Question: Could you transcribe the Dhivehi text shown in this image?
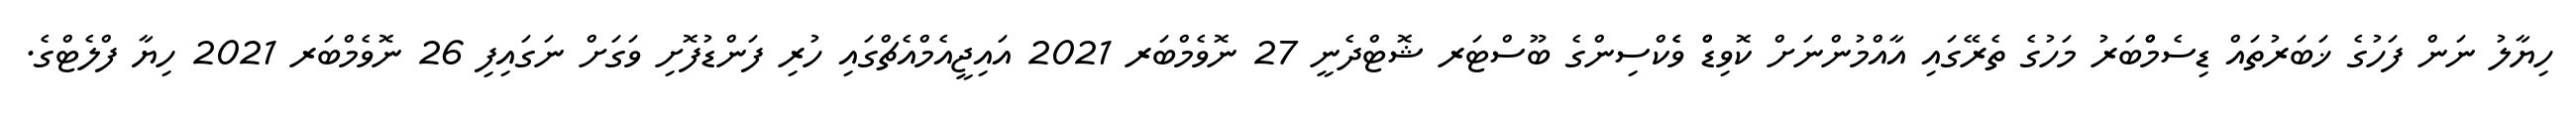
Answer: ހިޔާލު ނަން ފަހުގެ ޚަބަރުތައް ޑިސެމްްބަރު މަހުގެ ތެރޭގައި އާއްމުންނަށް ކޮވިޑްް ވެެކްސިންގެ ބޫސްޓަރ ޝޮޓްދެނީ 27 ނޮވެމްބަރ 2021 އައިޖީއެމްއެޗްގައި ހުރި ފަންޑުފޮށި ވަގަށް ނަގައިފި 26 ނޮވެމްބަރ 2021 ހިޔާ ފްލެޓްގެ.